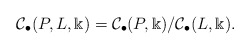
\begin{align*}\mathcal C_{\bullet}(P,L,\Bbbk)=\mathcal C_{\bullet}(P,\Bbbk)/\mathcal C_{\bullet}(L,\Bbbk). \end{align*}